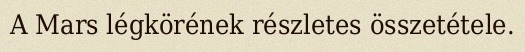
A Mars légkörének részletes összetétele.